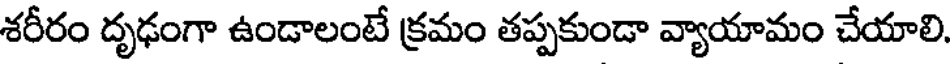
శరీరం దృఢంగా ఉండాలంటే క్రమం తప్పకుండా వ్యాయామం చేయాలి.